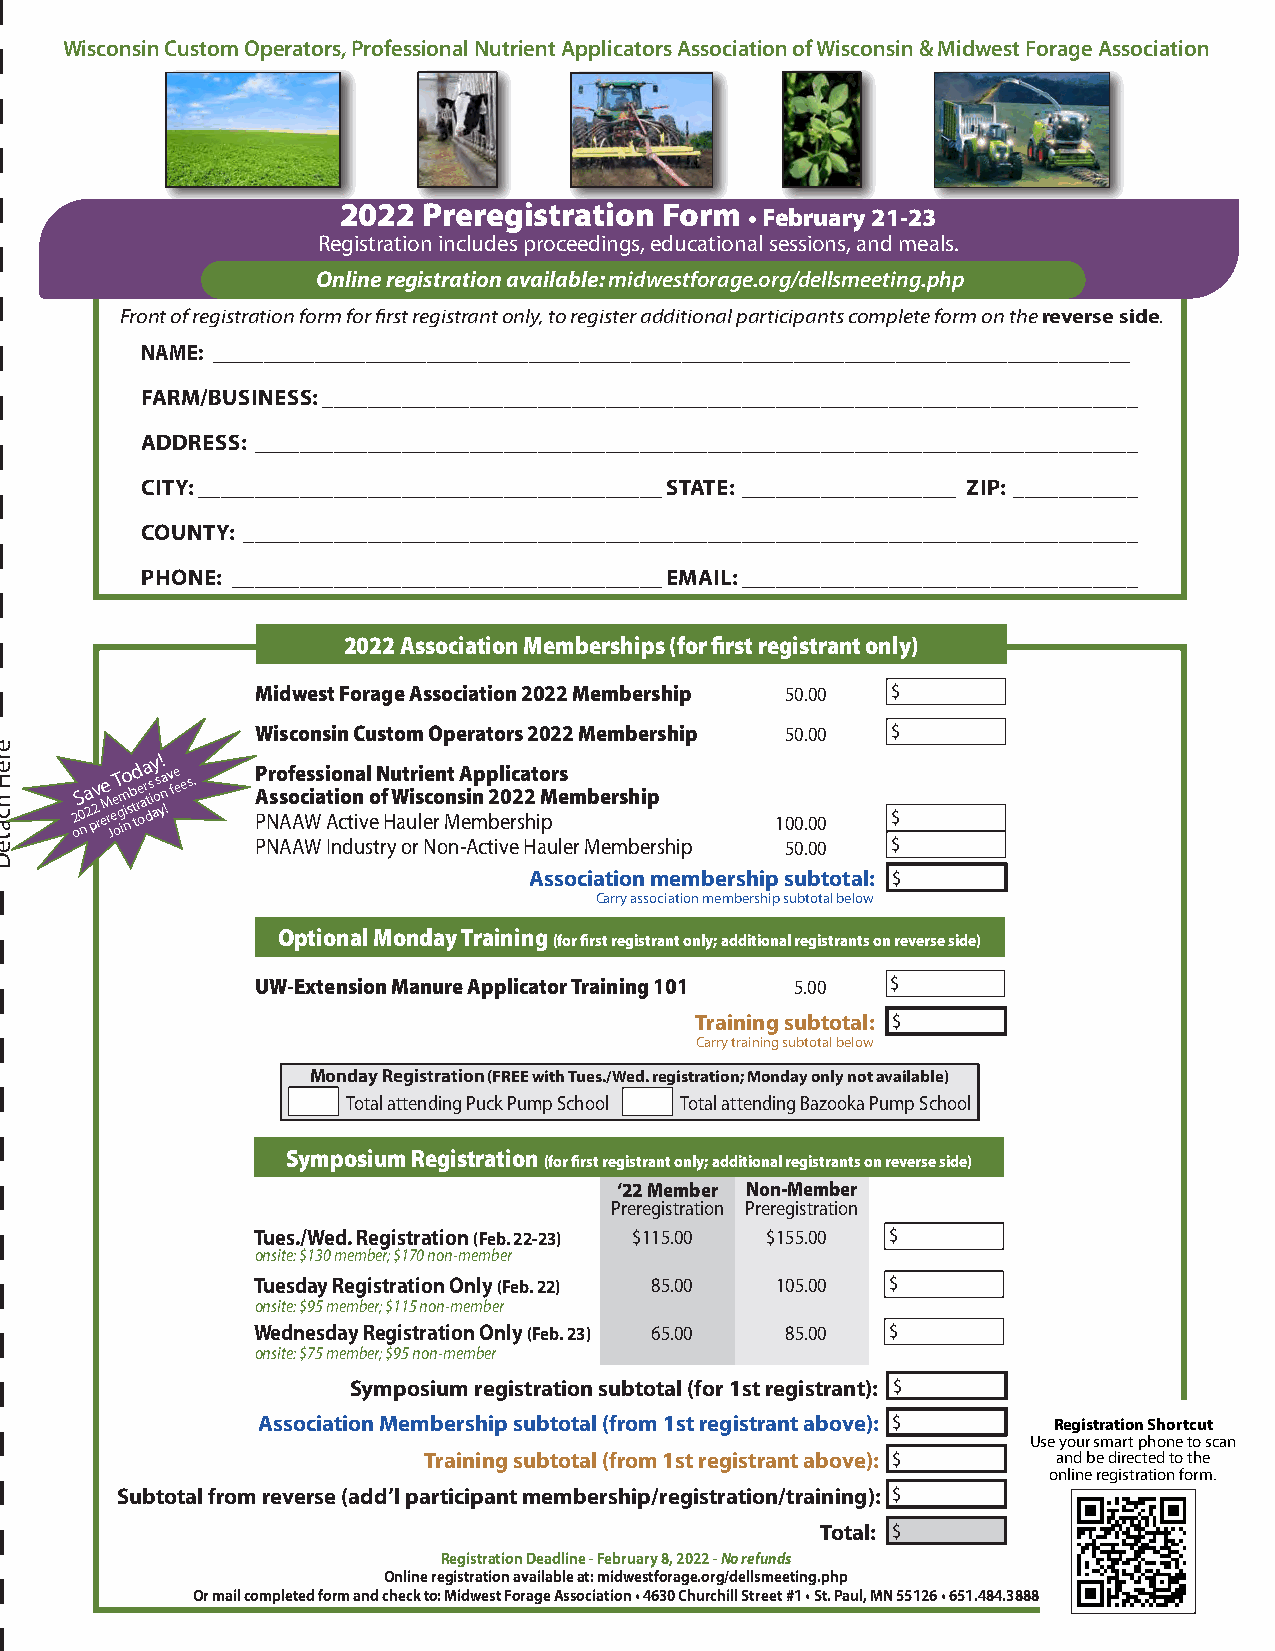
Wisconsin Custom Operators, Professional Nutrient Applicators Association of Wisconsin & Midwest Forage Association
 2022  Preregistration Form  • February 21-23
 Registration includes proceedings, educational sessions, and meals.
 Online registration available: midwestforage.org/dellsmeeting.php
 Front of registration form for first registrant only, to register additional participants complete form on the reverse side.
 NAME: __________________________________________________________________________________________
 FARM/BUSINESS: ________________________________________________________________________
 ADDRESS: ______________________________________________________________________________
 CITY: _________________________________________STATE: ___________________ ZIP: ___________
 COUNTY: _______________________________________________________________________________
 PHONE: ______________________________________EMAIL: ___________________________________
 2022 Association Memberships (for first registrant only)
 Midwest Forage Association 2022 Membership 50.00 $
 Wisconsin Custom Operators 2022 Membership 50.00 $
 o2S 0
 n
 a 2 p2v r eMe r Jee oT g im io ns b t td re oara t ds i ay os! yna ! v fe ees. P A PNr so s Aof Ae c Ws ias i Ato i con tn ia v l o e N f H u W at uir s li ece ron Mnt sA ei mnp p b2l e0i rc 2 sa h2t i o M pr es mbership 100.00 $
 PNAAW Industry or Non-Active Hauler Membership 50.00 $
 Association membership subtotal: $
 Carry association membership subtotal below
 Optional Monday Training
 (for first registrant only; additional registrants on reverse side)
 UW-Extension Manure Applicator Training 101 5.00 $
 Training subtotal: $
 Carry training subtotal below
 Monday Registration (FREE with Tues./Wed. registration; Monday only not available)
 Total attending Puck Pump School Total attending Bazooka Pump School
 Symposium Registration
 (for first registrant only; additional registrants on reverse side)
 ‘22 Member Non-Member
 Preregistration Preregistration
 Tues./Wed. Registration (Feb. 22-23) $115.00 $155.00 $
 onsite: $130 member; $170 non-member
 Tuesday Registration Only (Feb. 22) 85.00 105.00 $
 onsite: $95 member; $115 non-member
 Wednesday Registration Only (Feb. 23) 65.00 85.00 $
 onsite: $75 member; $95 non-member
 Symposium registration subtotal (for 1st registrant): $
 Association Membership subtotal (from 1st registrant above): $ Registration Shortcut
 Use your smart phone to scan
 Training subtotal (from 1st registrant above): $ and be directed to the
 online registration form.
 Subtotal from reverse (add’l participant membership/registration/training): $
 Total: $
 Registration Deadline - February 8, 2022 - No refunds
 Online registration available at: midwestforage.org/dellsmeeting.php
 Or mail completed form and check to: Midwest Forage Association • 4630 Churchill Street #1 • St. Paul, MN 55126 • 651.484.3888
 ereH
 hcateD